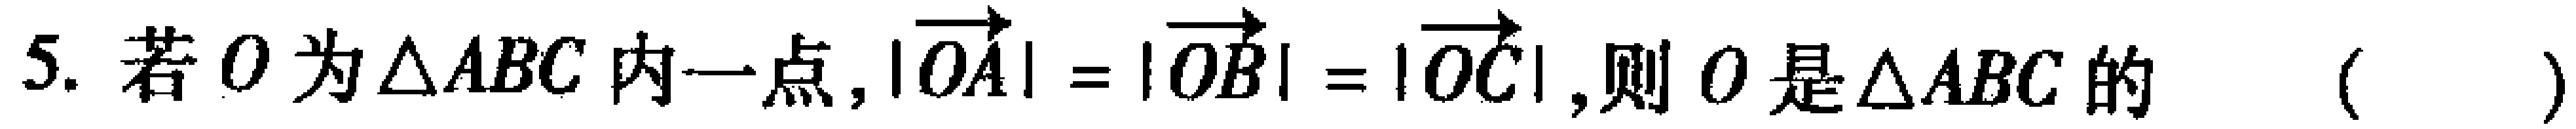
5. 若\(O\)为\(\triangle ABC\)内一点，\(|\overrightarrow{OA}| = |\overrightarrow{OB}| = |\overrightarrow{OC}|\)，则\(O\)是\(\triangle ABC\)的 （  ）